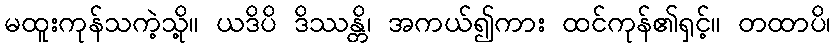
မထူးကုန်သကဲ့သို့။ ယဒိပိ ဒိဿန္တိ၊ အကယ်၍ကား ထင်ကုန်၏ရှင့်။ တထာပိ၊